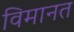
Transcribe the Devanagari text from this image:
विमानत